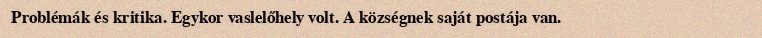
Problémák és kritika. Egykor vaslelőhely volt. A községnek saját postája van.